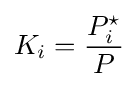
K_{i}={\frac {P_{i}^{\star }}{P}}